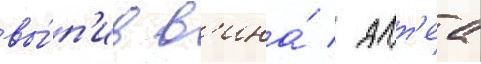
вы́п'ив в'ина́ / алт'еа